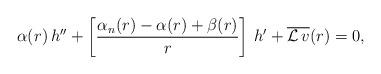
LaTeX: \begin{align*} \alpha(r)\,h''+\left[\frac{\alpha_n(r)-\alpha(r)+\beta(r)}{r}\right]\,h'+\overline{{\mathcal L}\,v}(r)=0,\end{align*}